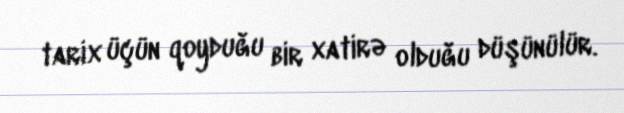
tarix üçün qoyduğu bir xatirə olduğu düşünülür.